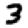
Digit: 3